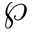
\wp